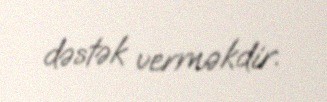
dəstək verməkdir.